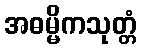
အဓမ္မိကသုတ္တံ